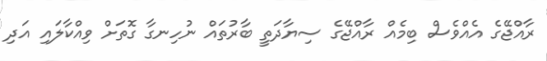
ރާއްޖޭގެ އެއްވެސް ބިމެއް ރާއްޖޭގެ ސިޔާދަތީ ބާރުތައް ނުހިނގާ ގޮތަށް ވިއްކާލައި އަދި